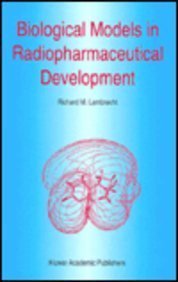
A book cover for Biological Models in Radiopharmaceutical Development (Developments in Nuclear Medicine); R.M. Lambrecht; Medical Books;